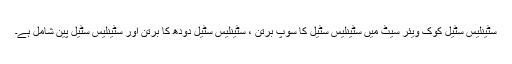
سٹینلیس سٹیل کوک ویئر سیٹ میں سٹینلیس سٹیل کا سوپ برتن ، سٹینلیس سٹیل دودھ کا برتن اور سٹینلیس سٹیل پین شامل ہے۔